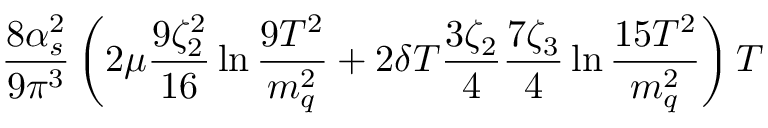
\frac { 8 \alpha _ { s } ^ { 2 } } { 9 \pi ^ { 3 } } \left( 2 \mu \frac { 9 \zeta _ { 2 } ^ { 2 } } { 1 6 } \ln \frac { 9 T ^ { 2 } } { m _ { q } ^ { 2 } } + 2 \delta T \frac { 3 \zeta _ { 2 } } { 4 } \frac { 7 \zeta _ { 3 } } { 4 } \ln \frac { 1 5 T ^ { 2 } } { m _ { q } ^ { 2 } } \right) T